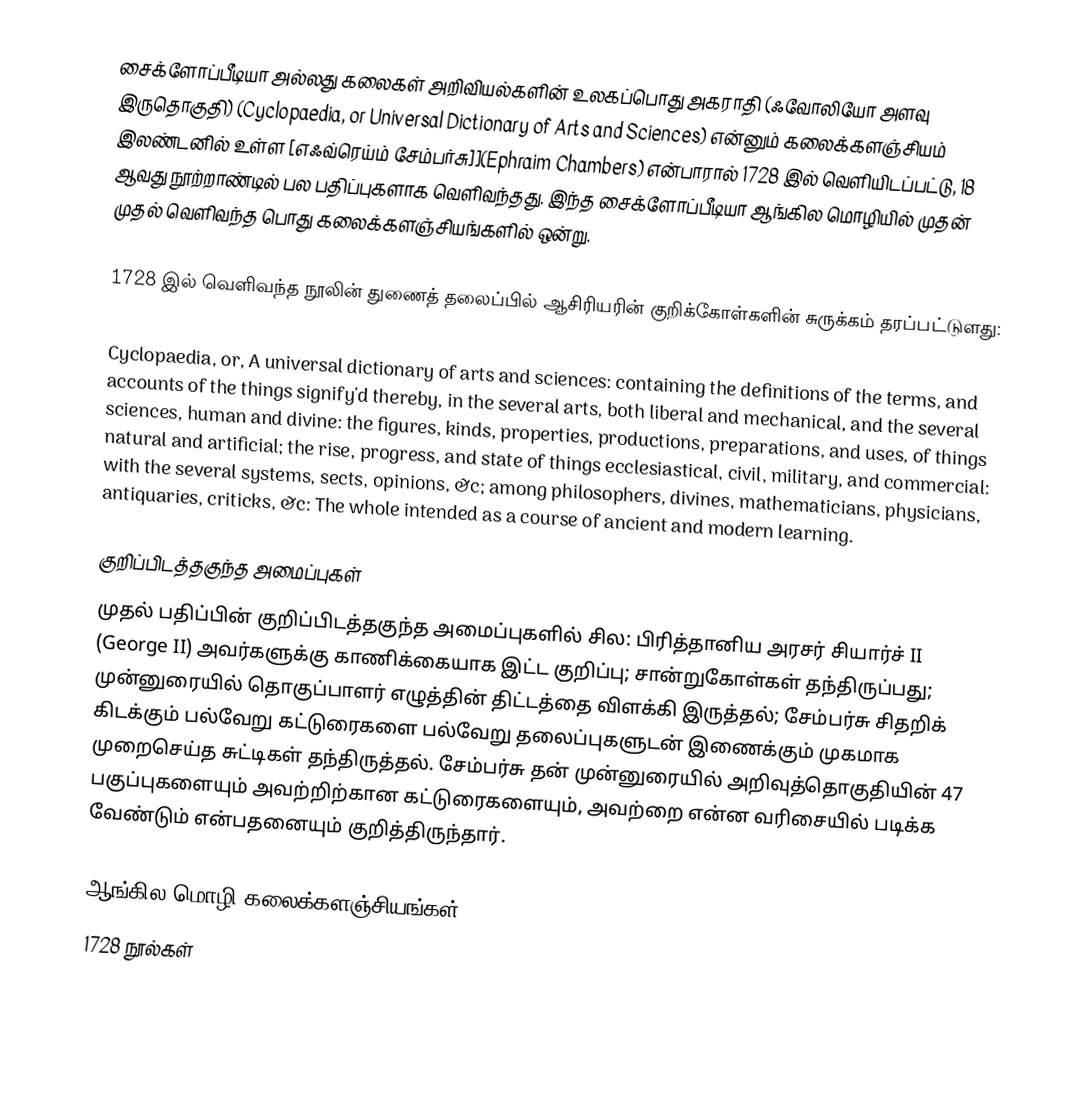
சைக்ளோப்பீடியா அல்லது கலைகள் அறிவியல்களின் உலகப்பொது அகராதி (ஃவோலியோ அளவு இருதொகுதி) (Cyclopaedia, or Universal Dictionary of Arts and Sciences) என்னும் கலைக்களஞ்சியம் இலண்டனில் உள்ள [எஃவ்ரெய்ம் சேம்பர்சு]](Ephraim Chambers) என்பாரால் 1728 இல் வெளியிடப்பட்டு, 18 ஆவது நூற்றாண்டில் பல பதிப்புகளாக வெளிவந்தது. இந்த சைக்ளோப்பீடியா ஆங்கில மொழியில் முதன் முதல் வெளிவந்த பொது கலைக்களஞ்சியங்களில் ஒன்று.

1728 இல் வெளிவந்த நூலின் துணைத் தலைப்பில் ஆசிரியரின் குறிக்கோள்களின் சுருக்கம் தரப்பட்டுளது:

Cyclopaedia, or, A universal dictionary of arts and sciences: containing the definitions of the terms, and accounts of the things signify'd thereby, in the several arts, both liberal and mechanical, and the several sciences, human and divine: the figures, kinds, properties, productions, preparations, and uses, of things natural and artificial; the rise, progress, and state of things ecclesiastical, civil, military, and commercial: with the several systems, sects, opinions, &c; among philosophers, divines, mathematicians, physicians, antiquaries, criticks, &c: The whole intended as a course of ancient and modern learning.

குறிப்பிடத்தகுந்த அமைப்புகள்
முதல் பதிப்பின் குறிப்பிடத்தகுந்த அமைப்புகளில் சில: பிரித்தானிய அரசர் சியார்ச் II (George II) அவர்களுக்கு காணிக்கையாக இட்ட குறிப்பு; சான்றுகோள்கள் தந்திருப்பது; முன்னுரையில் தொகுப்பாளர் எழுத்தின் திட்டத்தை விளக்கி இருத்தல்; சேம்பர்சு சிதறிக் கிடக்கும் பல்வேறு கட்டுரைகளை பல்வேறு தலைப்புகளுடன் இணைக்கும் முகமாக முறைசெய்த சுட்டிகள் தந்திருத்தல். சேம்பர்சு தன் முன்னுரையில் அறிவுத்தொகுதியின் 47 பகுப்புகளையும் அவற்றிற்கான கட்டுரைகளையும், அவற்றை என்ன வரிசையில் படிக்க வேண்டும் என்பதனையும் குறித்திருந்தார்.

ஆங்கில மொழி கலைக்களஞ்சியங்கள்
1728 நூல்கள்